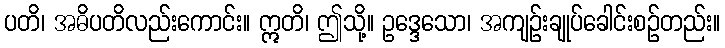
ပတိ၊ အဓိပတိလည်းကောင်း။ ဣတိ၊ ဤသို့။ ဥဒ္ဒေသော၊ အကျဉ်းချုပ်ခေါင်းစဉ်တည်း။